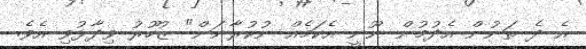
އެ ދެ ތަނުން އެދުމުން ނޫނީ އެކަމެއް ނުކުރާނަން" ޒުހޫރު ވިދާޅުވި އެވެ.